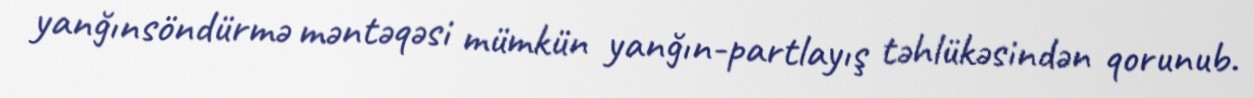
yanğınsöndürmə məntəqəsi mümkün yanğın-partlayış təhlükəsindən qorunub.